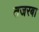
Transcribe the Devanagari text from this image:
तजरबा